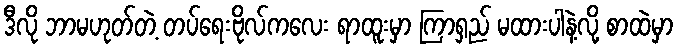
ဒီလို ဘာမဟုတ်တဲ့ တပ်ရေးဗိုလ်ကလေး ရာထူးမှာ ကြာရှည် မထားပါနဲ့လို့ စာထဲမှာ